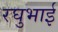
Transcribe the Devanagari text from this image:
रघुभाई